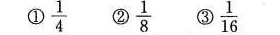
①\frac{1}{4}②\frac{1}{8}③\frac{1}{16}